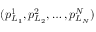
( p _ { L _ { 1 } } ^ { 1 } , p _ { L _ { 2 } } ^ { 2 } , \dots , p _ { L _ { N } } ^ { N } )